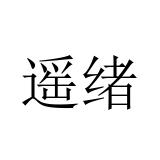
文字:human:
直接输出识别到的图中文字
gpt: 遥绪